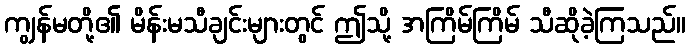
ကျွန်မတို့၏ မိန်းမသီချင်းများတွင် ဤသို့ အကြိမ်ကြိမ် သီဆိုခဲ့ကြသည်။